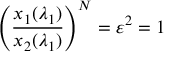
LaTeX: \left( \frac { x _ { 1 } ( \lambda _ { 1 } ) } { x _ { 2 } ( \lambda _ { 1 } ) } \right) ^ { N } = \varepsilon ^ { 2 } = 1